NAE_EAA_P-1039_Kommunismi_Majak_kalurikolhoos, lk 3
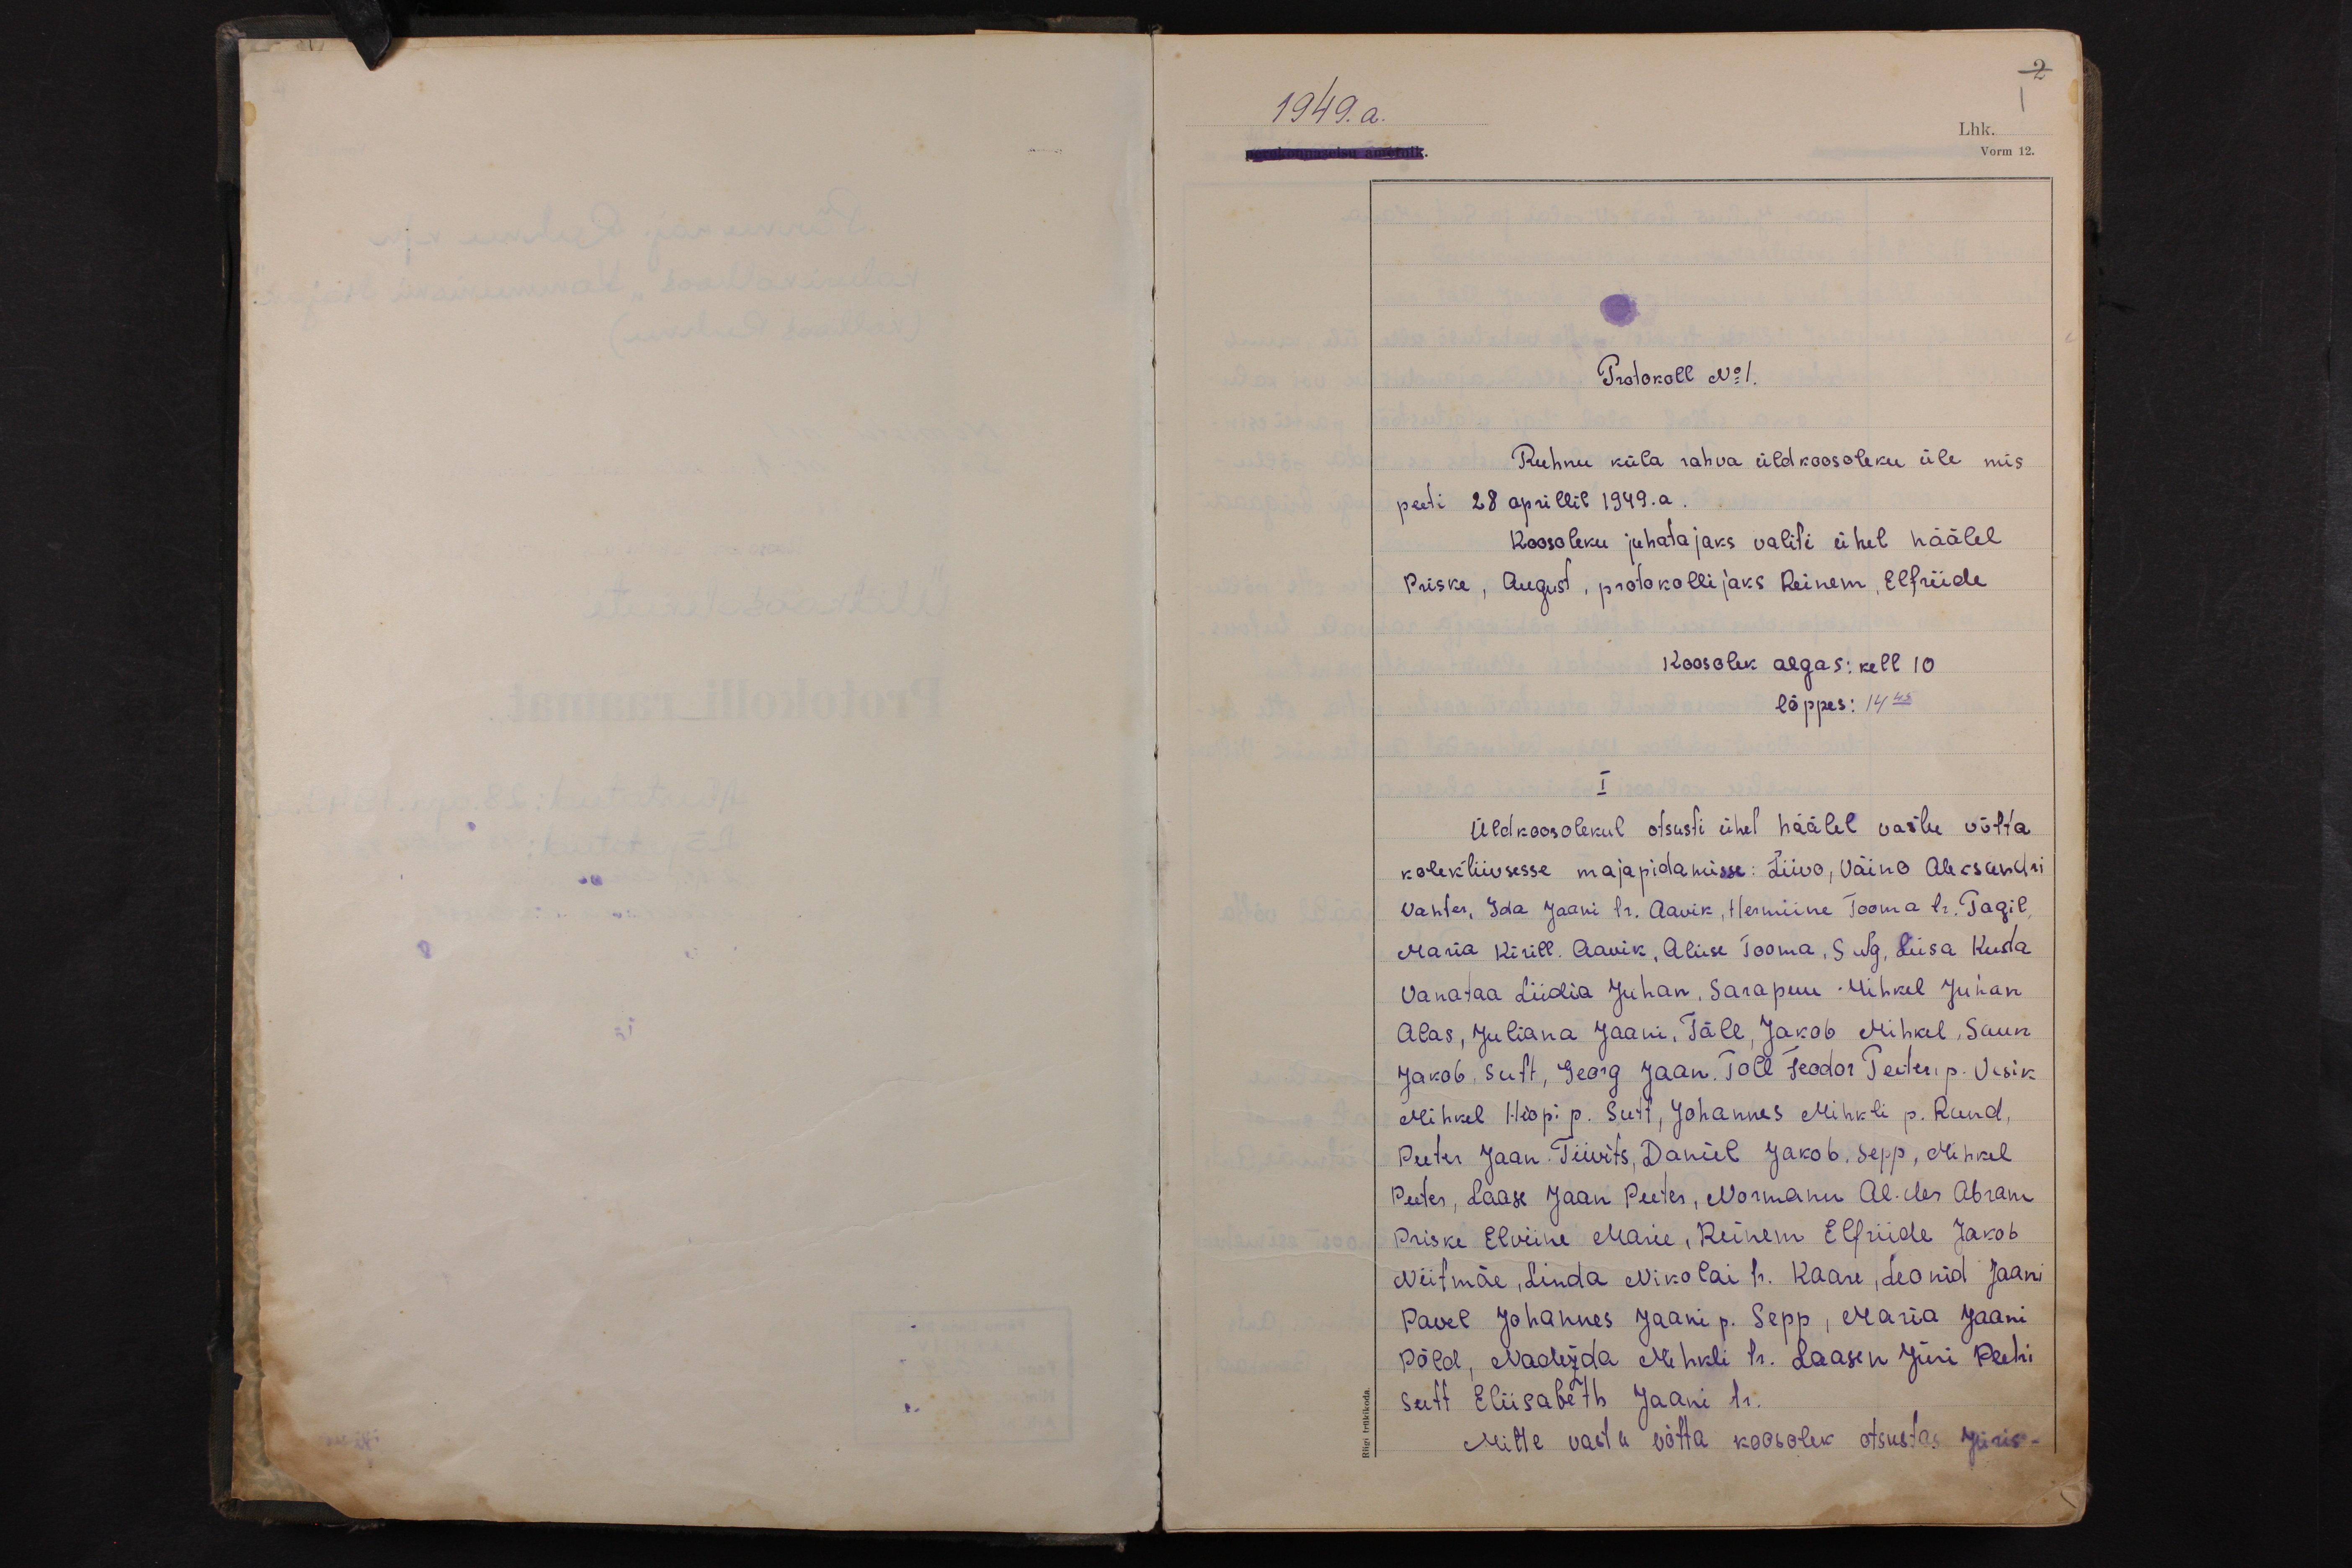
2
1949. a.
Lhk. 1
Vorm 12.

Protokoll No 1.
Ruhnu küla rahva üldkoosoleku üle mis
peeti 28 aprillil 1949.a.
Koosoleku juhatajaks valiti ühel häälel
Priske, August, protokollijaks Reinem, Elfriide
Koosolek algas: kell 10
lõppes: 14 45
I
Üldkoosolekul otsusti ühel häälel vastu võtta
kolektiivsesse majapidamisse: Liivo, Väino Aleksandri
Vahter, Ida Jaani tr. Aavik, Hermiine Tooma tr. Pagil,
Maria Kirill. Aavik, Aliise Tooma, Sulg, Liisa Kusta
Vanataa Liidia Juhan, Sarapuu Mihkel Juhan
Alas, Juliana Jaani, Täll, Jakob Mihkel, Saun
Jakob, Sutt, Georg Jaan, Poll Feodor Peeteri p. Vesik
Mihkel Hiopi p. Sutt, Johannes Mihkli p. Rund,
Peeter Jaan. Tiivits, Daniel Jakob, Sepp, Mihkel
Peeter, Laase Jaan Peeter, Normann Al-der Abram
Priske Elviine Marie, Reinem Elfriide Jakob
Niitmäe, Linda Nikolai tr. Kaare, Leonid Jaani
Pavel Johannes Jaani p. Sepp, Maria Jaani
Põld, Nadežda Mihkli tr. Laasen Jüri Peetri
Sutt Eliisabeth Jaani tr.
Mitte vastu võtta koosolek otsustas Jüris-